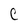
Character: C